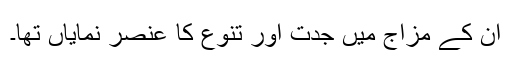
ان کے مزاج میں جدت اور تنوع کا عنصر نمایاں تھا۔